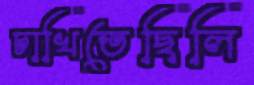
চাখিতেছিলি